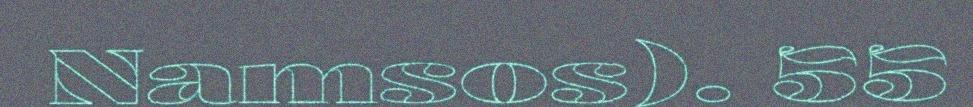
Namsos). 55